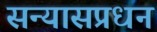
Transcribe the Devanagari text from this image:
सन्यासप्रधन